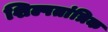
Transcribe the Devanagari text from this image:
शिल्पतांत्रिक